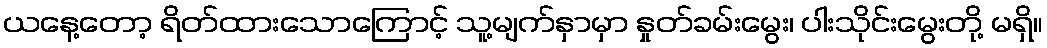
ယနေ့တော့ ရိတ်ထားသောကြောင့် သူ့မျက်နှာမှာ နှုတ်ခမ်းမွေး၊ ပါးသိုင်းမွေးတို့ မရှိ။